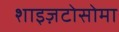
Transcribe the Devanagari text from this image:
शाइज़टोसोमा